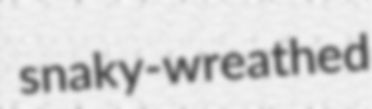
snaky-wreathed